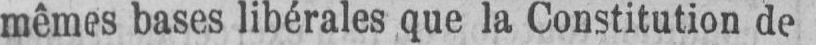
mêmes bases libérales que la Constitution de